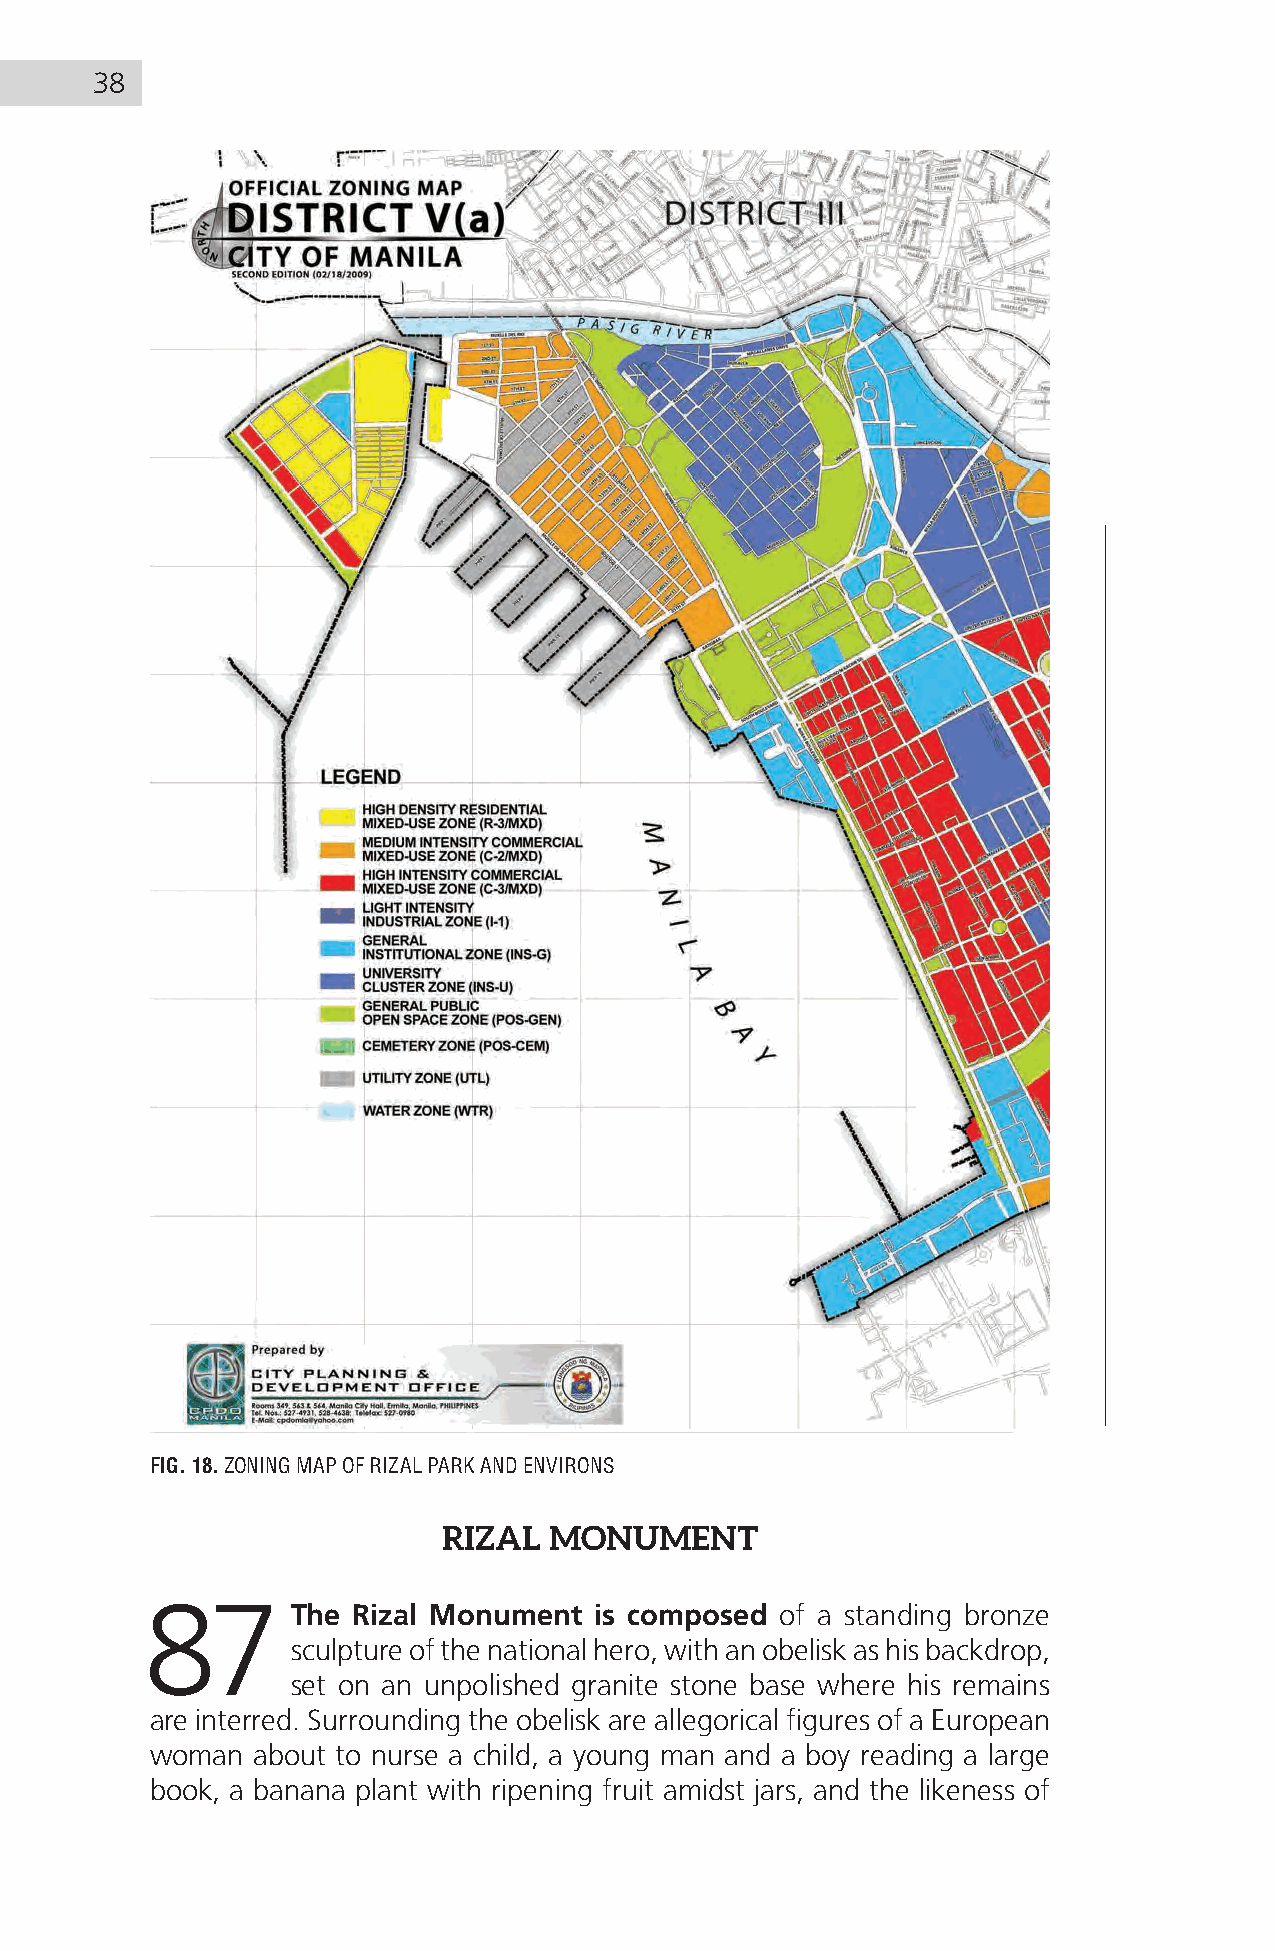
38
 FIG. 18. ZONING MAP OF RIZAL PARK AND ENVIRONS
 RIZAL  MONUMENT
 87       The Rizal Monument  is composed  of a standing bronze
 sculpture of the national hero, with an obelisk as his backdrop,
 set on an unpolished granite stone base where his remains
 are interred. Surrounding the obelisk are allegorical figures of a European
 woman  about to nurse a child, a young man and a boy reading a large
 book, a banana plant with ripening fruit amidst jars, and the likeness of